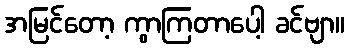
အမြင်တော့ ကွာကြတာပေါ့ ခင်ဗျာ။